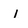
Character: I